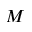
M